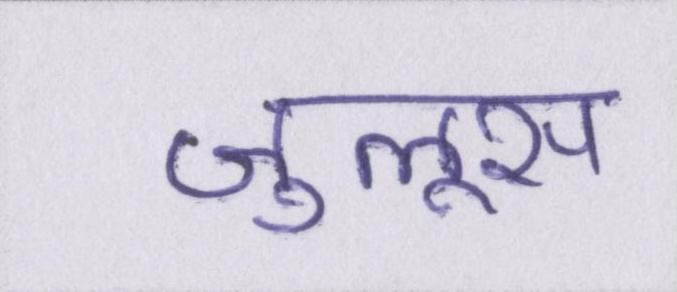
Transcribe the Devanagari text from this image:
जुलूस